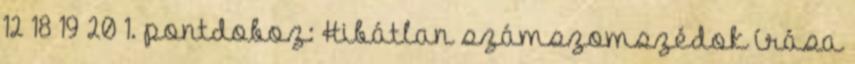
12 18 19 20 1. pontdoboz: Hibátlan számszomszédok írása